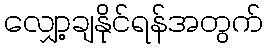
လျှော့ချနိုင်ရန်အတွက်